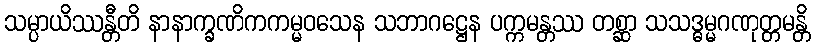
သမ္ပာယိဿန္တီတိ နာနာက္ခဏိကကမ္မဝသေန သဘာဂဋ္ဌေန ပက္ကမန္တဿ တစ္ဆာ သသဒ္ဓမ္မဂဏုတ္တမန္တိ